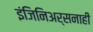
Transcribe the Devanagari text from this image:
इंजिनिअर्सनाही